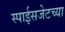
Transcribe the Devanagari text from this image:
स्पाईसजेटच्या